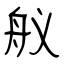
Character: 舣